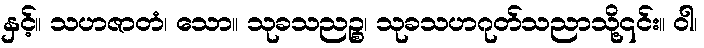
နှင့်။ သဟဇာတံ၊ သော။ သုခသညဉ္စ၊ သုခသဟဂုတ်သညာသို့၎င်း။ ဝါ၊